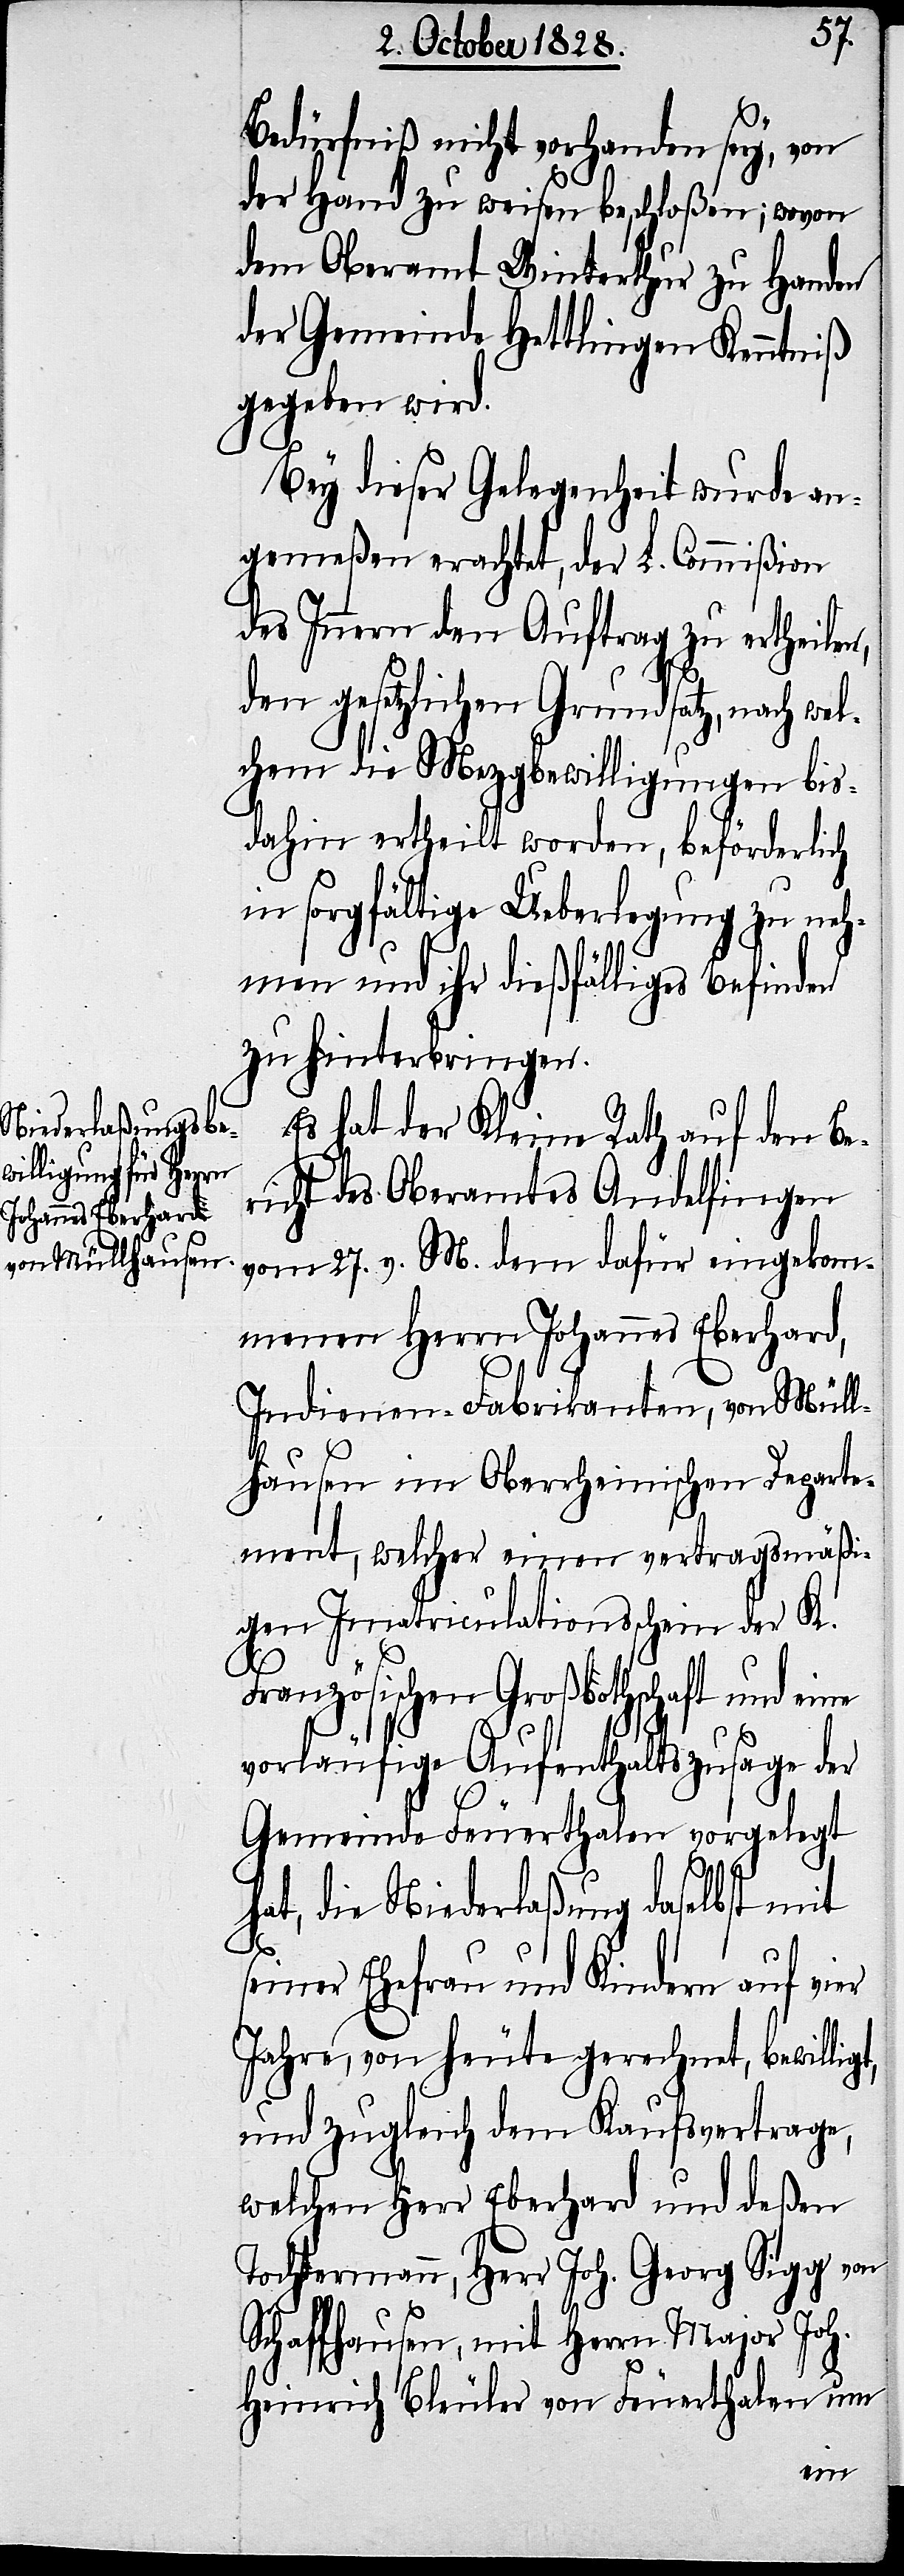
Bedürfniß nicht vorhanden sey, von
der Hand zu weisen beschloßen; wovon
dem Oberamt Winterthur zu Handen
der Gemeinde Hettlingen Kenntniß
gegeben wird.
Bey dieser Gelegenheit wurde an¬
gemeßen erachtet, der L. Commißion
des Innern den Auftrag zu ertheilen,
den gesetzlichen Grundsatz, nach wel¬
chem die Mezgbewilligungen bis
dahin ertheilt worden, beförderlich
in sorgfältige Ueberlegung zu neh¬
men und ihr dießfälliges Befinden
zu hinterbringen.
Es hat der Kleine Rath auf den Be¬
richt des Oberamtes Andelfingen
vom 27. v. M. dem dafür eingekom¬
menen Herrn Johannes Eberhard,
Indienen-Fabrikanten, von Müll¬
hausen im Oberrheinischen Departe¬
ment, welcher einen vertragsmäßi¬
gen Immatriculationsschein der K.
Französischen Großbothschaft und eine
vorläufige Aufenthaltszusage der
Gemeinde Feuerthalen vorgelegt
hat, die Niederlaßung daselbst mit
seiner Ehefrau und Kindern auf vier
Jahre, von heute gerechnet, bewilligt,
und zugleich dem Kaufsvertrage,
welchen Herr Eberhard und deßen
Tochtermann, Herr Joh. Georg Sigg von
Schaffhausen, mit Herrn Major Joh.
Heinrich Bleuler von Feuerthalen um